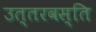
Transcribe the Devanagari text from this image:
उत्तरवस्ति